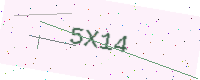
Text: 5X14